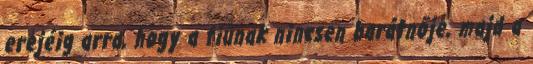
erejéig arra, hogy a fiúnak nincsen barátnője, majd a